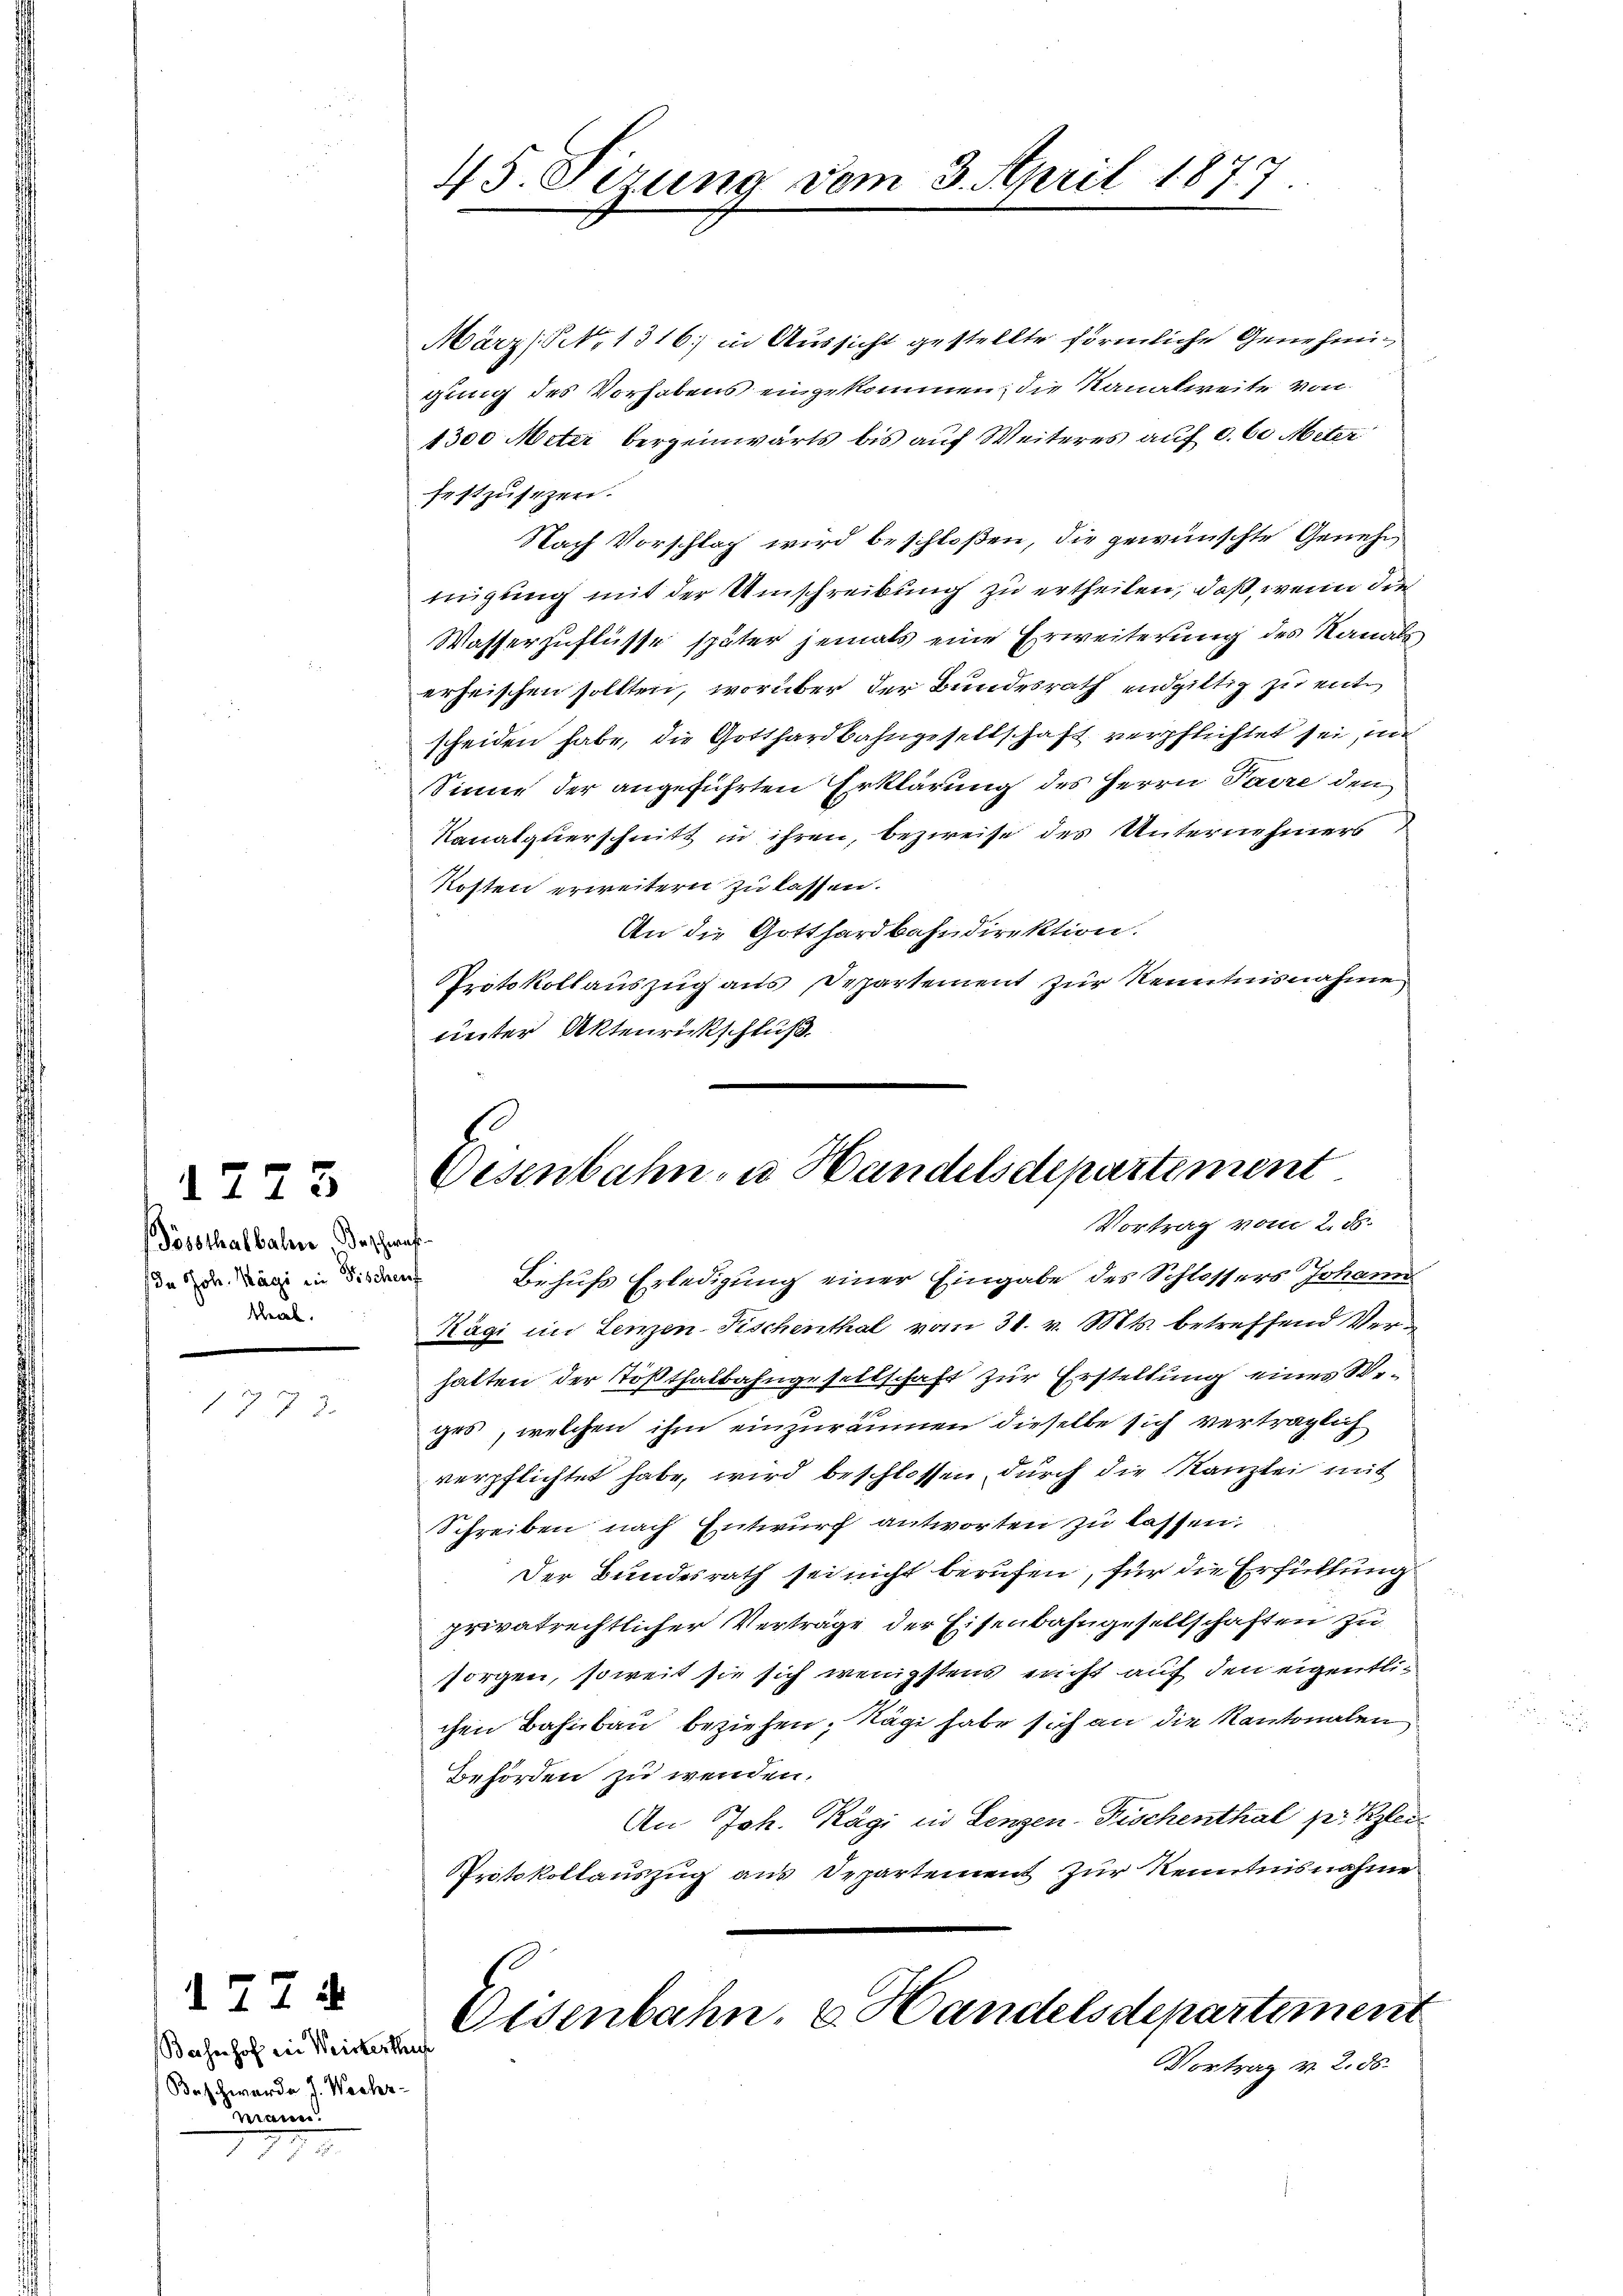
Pössthalbahn Beschwas
/ In Joh. Kägi in Fischenf
ber

1775

772.

1774
Bahnhof ein Weisterthu
Beschwerde J. Wechrmann!

45. Sizung vom 3. April 1877

März/ No 1316) in Aussicht gestellte förmliche Genehmigung des Vorhabens eingekommen; die Kanalweite von
1300 Meter bergeinwärts bis auf Weiteres auf d. 6. Miter
festzŭsezen.
Nach Vorschlag wird beschloßen, die gewünschte Genehm
tigung mit der Umschreibung zu ertheilen, daß, wenn die
Wasserzuflüsse später jemals eine Erweiterung des Kanals
erheischen sollten, worüber der Bundesrath endgültig zu entscheiden habe, die Gotthardbahngesellschaft verpflichtet sei, un
Sinne der angeführten Erklärung des Herrn Paire den
Kanalquerschnitt in ihren, bezweife des Unternehmers
Kosten erweitern zu lassen.
An die Gotthardbahndirektion.
Protokollauszug aus Departement zur Kenntnisnahme
unter Aktenrückschluß.

Oesenbahn u. Handelsdepartement
Vortrag vom 2. d.
Behufs Erledigung einer Eingabe des Schlossers Johann

Rägi in Lenzen-Fischenthal vom 31. v. Mts. betreffend Verhalten der Tößthalbahngesellschaft zur Erstellung eines Seges, welchen ihm einzuräumen dieselbe sich verträglich
verpflichtet habe, wird beschlossen durch die Kanzlei mit
Schreiben nach Entwurf antworten zu lassen:
Der Bundesrath sei nicht berufen, für die Erfüllung
privatrechtlicher Verträge der Eisenbahngesellschaften zu
sorgen, soweit sie sich wenigstens nicht auf den eigentlichen Bahnbau beziehen, Kägi habe sich an die Kantonalen
Behörden zu wenden.
An Joh. Kägi in Lenzen-Fischenthal pr Klei¬
Protokollauszug aus Departement zur Kenntnisnahme
Eisenbahn. v. Handelsdepartement

Vortrag v. 2. ds.